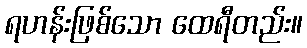
ရဟန်းဖြစ်သော ထေရီတည်း။